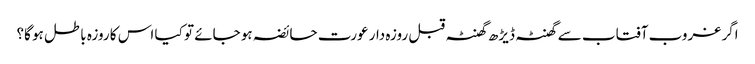
اگر غروب آفتاب سے گھنٹہ ڈیڑھ گھنٹہ قبل روزہ دار عورت حائضہ ہو جائے تو کیا اس کا روزہ باطل ہو گا؟